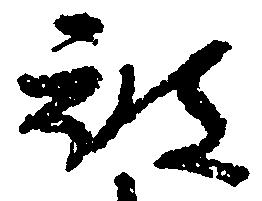
被